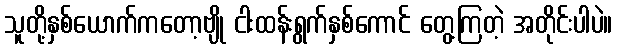
သူတို့နှစ်ယောက်ကတော့ဗျို ငါးထန်းရွက်နှစ်ကောင် တွေ့ကြတဲ့ အတိုင်းပါပဲ။